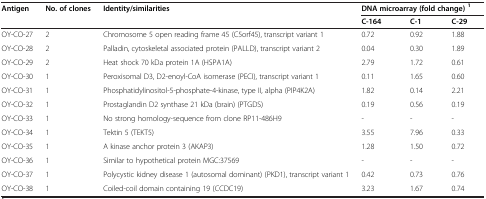
<table><thead><tr><td rowspan="2"><b>Antigen</b></td><td rowspan="2"><b>No. of clones</b></td><td rowspan="2"><b>Identity/similarities</b></td><td colspan="3"><b>DNA microarray (fold change)<sup>1</sup></b></td></tr><tr><td><b>C-164</b></td><td><b>C-1</b></td><td><b>C-29</b></td></tr></thead><tbody><tr><td>OY-CO-27</td><td>2</td><td>Chromosome 5 open reading frame 45 (C5orf45), transcript variant 1</td><td>0.72</td><td>0.92</td><td>1.88</td></tr><tr><td>OY-CO-28</td><td>2</td><td>Palladin, cytoskeletal associated protein (PALLD), transcript variant 2</td><td>0.04</td><td>0.30</td><td>1.89</td></tr><tr><td>OY-CO-29</td><td>2</td><td>Heat shock 70 kDa protein 1A (HSPA1A)</td><td>2.79</td><td>1.72</td><td>0.61</td></tr><tr><td>OY-CO-30</td><td>1</td><td>Peroxisomal D3, D2-enoyl-CoA isomerase (PECI), transcript variant 1</td><td>0.11</td><td>1.65</td><td>0.60</td></tr><tr><td>OY-CO-31</td><td>1</td><td>Phosphatidylinositol-5-phosphate-4-kinase, type II, alpha (PIP4K2A)</td><td>1.82</td><td>0.14</td><td>2.21</td></tr><tr><td>OY-CO-32</td><td>1</td><td>Prostaglandin D2 synthase 21 kDa (brain) (PTGDS)</td><td>0.19</td><td>0.56</td><td>0.19</td></tr><tr><td>OY-CO-33</td><td>1</td><td>No strong homology-sequence from clone RP11-486H9</td><td>-</td><td>-</td><td>-</td></tr><tr><td>OY-CO-34</td><td>1</td><td>Tektin 5 (TEKT5)</td><td>3.55</td><td>7.96</td><td>0.33</td></tr><tr><td>OY-CO-35</td><td>1</td><td>A kinase anchor protein 3 (AKAP3)</td><td>1.28</td><td>1.50</td><td>0.72</td></tr><tr><td>OY-CO-36</td><td>1</td><td>Similar to hypothetical protein MGC:37569</td><td>-</td><td>-</td><td>-</td></tr><tr><td>OY-CO-37</td><td>1</td><td>Polycystic kidney disease 1 (autosomal dominant) (PKD1), transcript variant 1</td><td>0.42</td><td>0.73</td><td>0.76</td></tr><tr><td>OY-CO-38</td><td>1</td><td>Coiled-coil domain containing 19 (CCDC19)</td><td>3.23</td><td>1.67</td><td>0.74</td></tr></tbody></table>